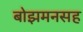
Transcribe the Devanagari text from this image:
बोझमनसह